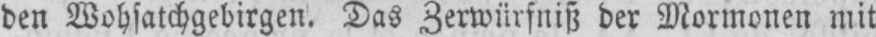
den Wohsatchgebirgen, Das Zerwürfniß der Mormonen mit